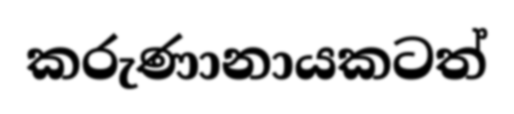
කරුණානායකටත්